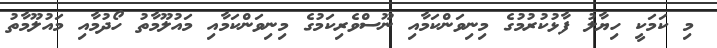
މި ކަމަކީ ހިޔާލު ފާޅުކުރުމުގެ މިނިވަންކަމާއި ނޫސްވެރިކަމުގެ މިނިވަންކަމާއި މައުލޫމާތު ހޯދުމާއި މައުލޫމާތު